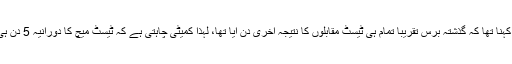
ان کا یہ بھی کہنا تھا کہ گذشتہ برس تقریباً تمام ہی ٹیسٹ مقابلوں کا نتیجہ آخری دن آیا تھا، لہٰذا کمیٹی چاہتی ہے کہ ٹیسٹ میچ کا دورانیہ 5 دن ہی رہنا چاہیے۔